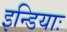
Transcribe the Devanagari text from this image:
इन्डियाः